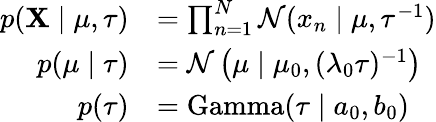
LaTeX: {\begin{array}{rl}{p(\mathbf{X}\mid\mu,\tau)}&{=\prod_{n=1}^{N}{\mathcal{N}}(x_{n}\mid\mu,\tau^{-1})}\\ {p(\mu\mid\tau)}&{={\mathcal{N}}\left(\mu\mid\mu_{0},(\lambda_{0}\tau)^{-1}\right)}\\ {p(\tau)}&{=\operatorname{Gamma}(\tau\mid a_{0},b_{0})}\end{array}}